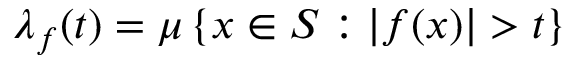
\lambda _ { f } ( t ) = \mu \left\{ x \in S : | f ( x ) | > t \right\}